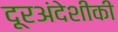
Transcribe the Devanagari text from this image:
दूरअंदेशीकी